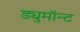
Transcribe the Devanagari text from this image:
ड्युमाॅन्ट